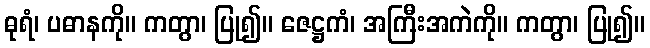
ဓုရံ၊ ပဓာနကို။ ကတွာ၊ ပြု၍။ ဇေဋ္ဌကံ၊ အကြီးအကဲကို။ ကတွာ၊ ပြု၍။